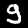
Digit: 9